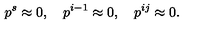
p ^ { s } \approx 0 , \quad p ^ { i - 1 } \approx 0 , \quad p ^ { i j } \approx 0 .